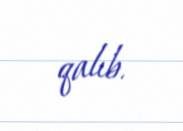
qalıb.